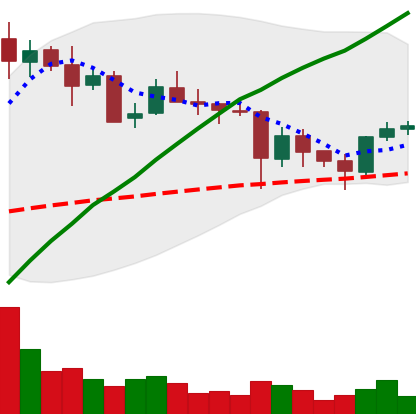
Ticker: ETC-USD
Chart end date: 2021-05-26
Forward return: -12.15%
Label: down_7plus